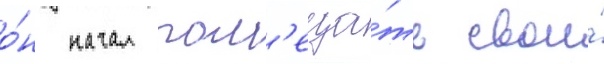
о́н начал пом'еща́ть свои́